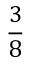
\frac { 3 } { 8 }